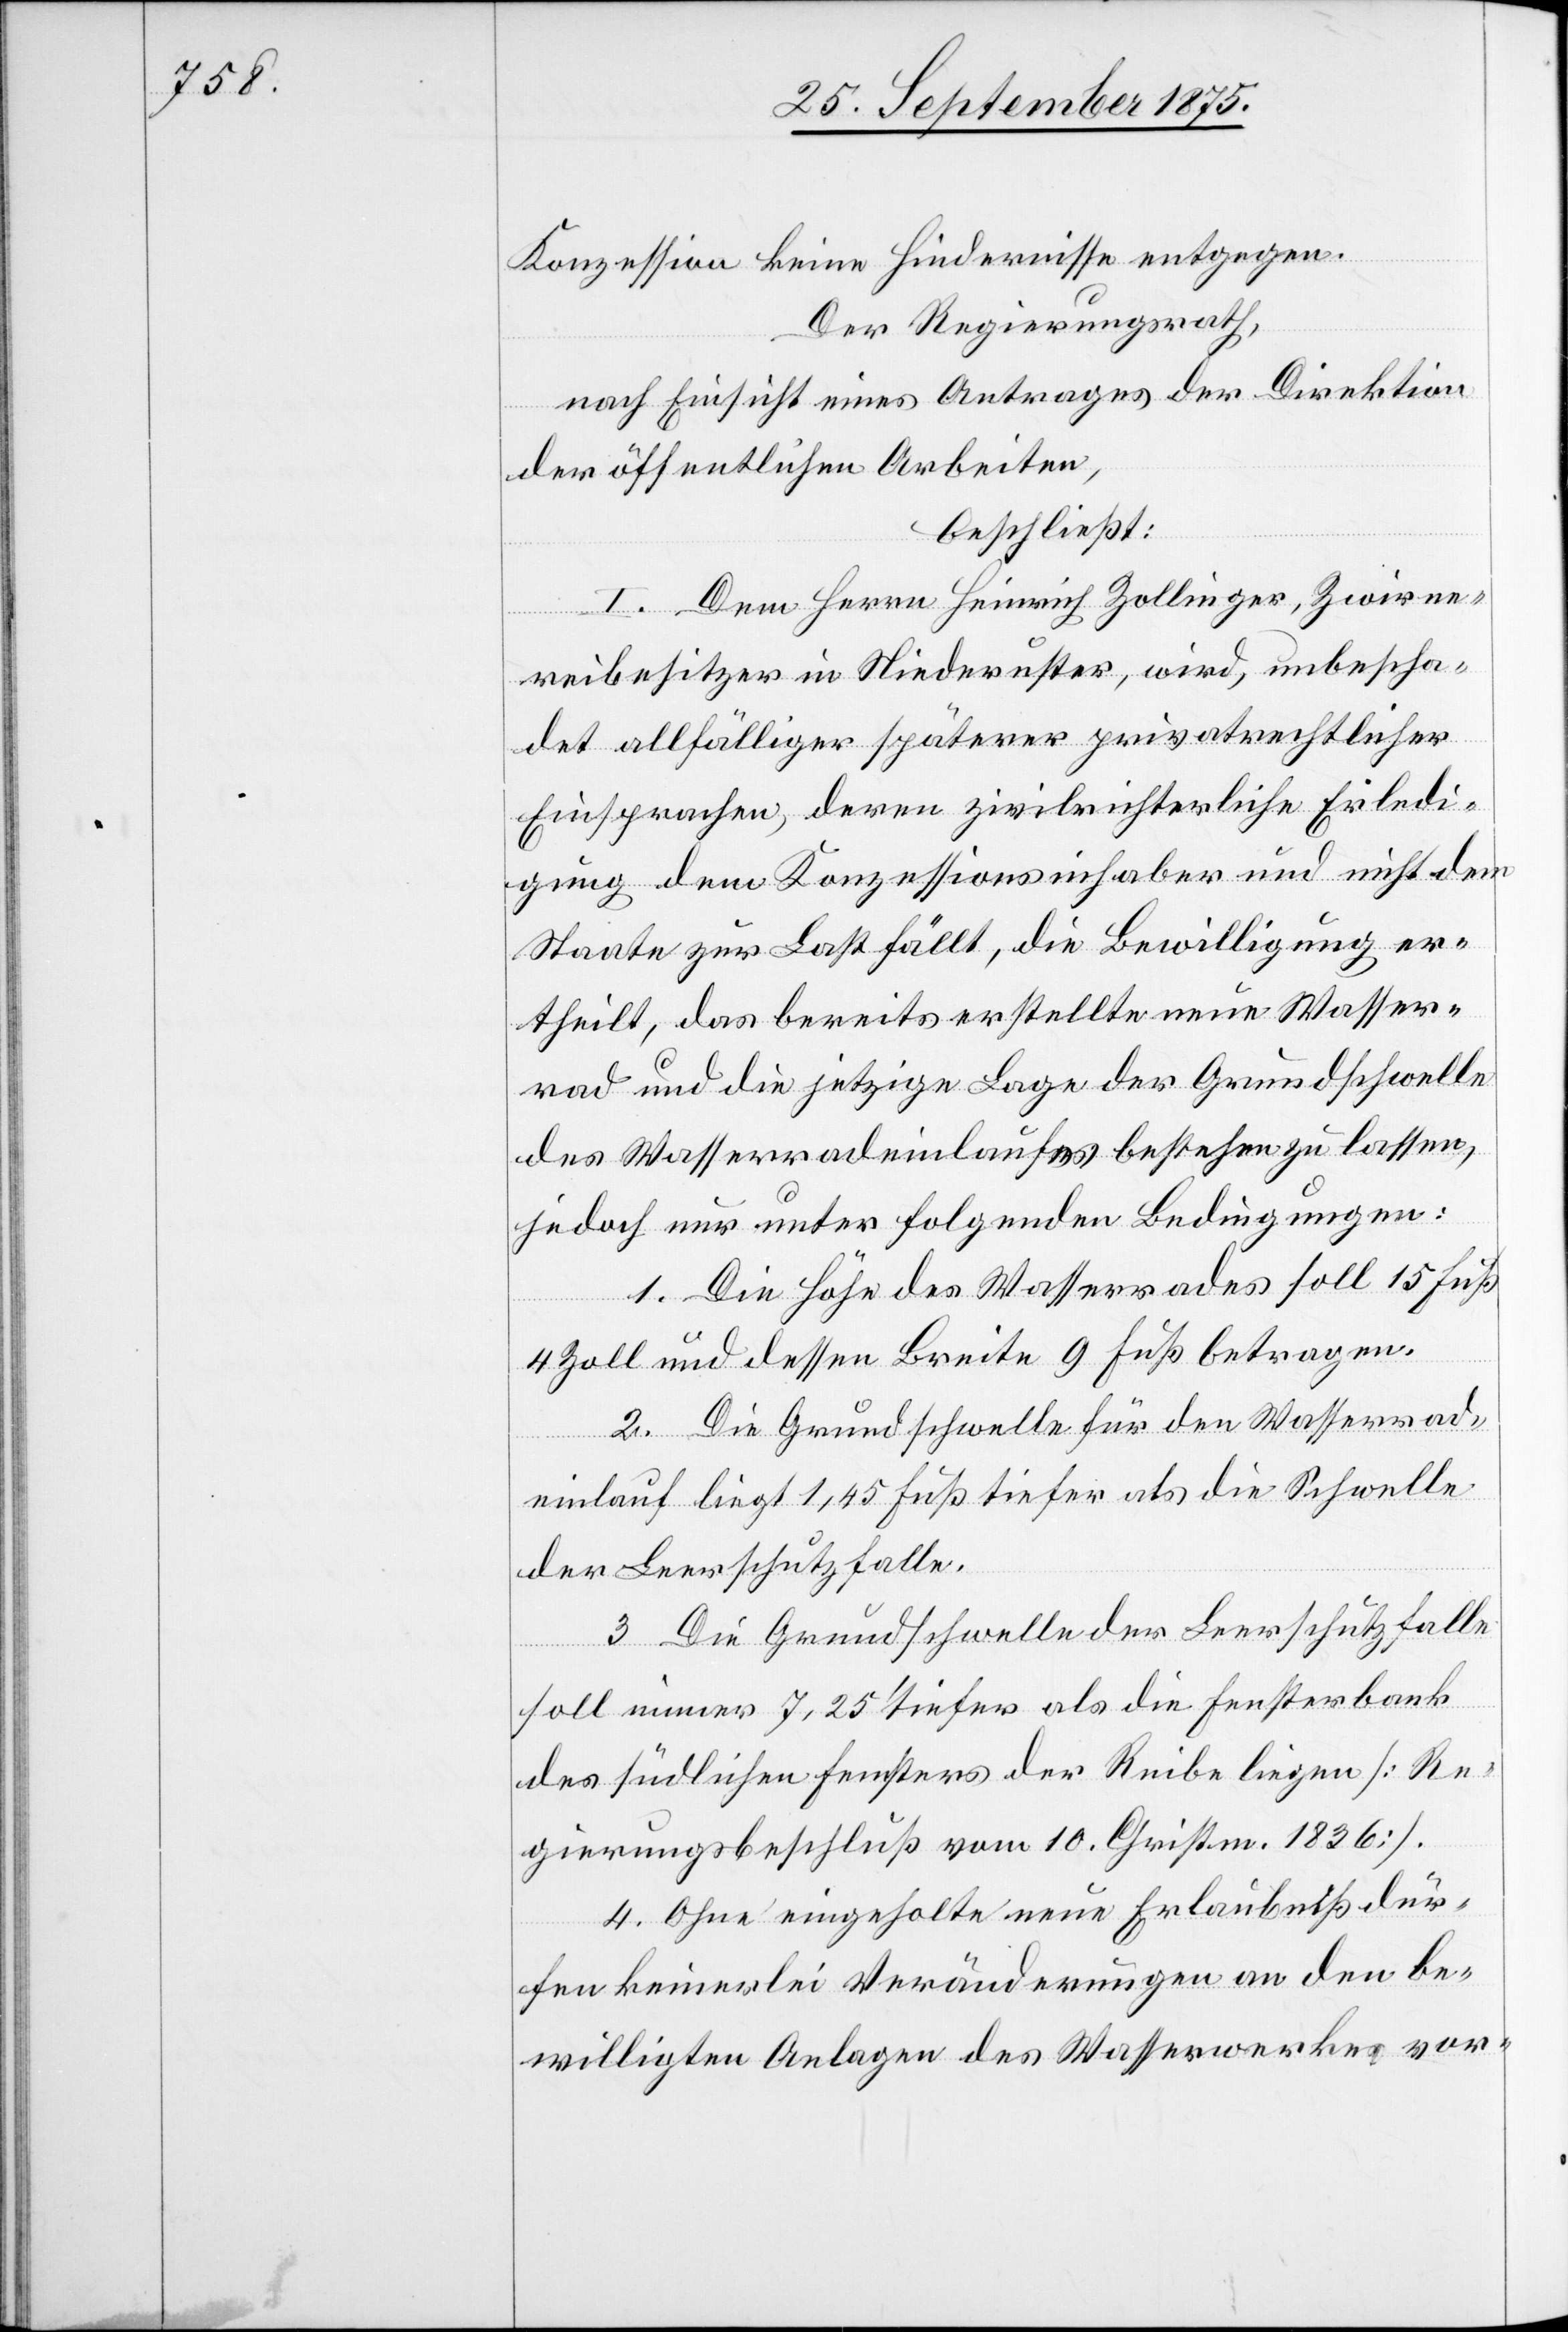
Konzession keine Hindernisse entgegen.
Der Regierungsrath,
nach Einsicht eines Antrages der Direktion
der öffentlichen Arbeiten,
beschließt:
I. Dem Herrn Heinrich Zollinger, Zwirne¬
reibesitzer in Niederuster, wird, unbescha¬
det allfälliger späterer privatrechtlicher
Einsprachen, deren zivilrichterliche Erledi¬
gung dem Konzessionsinhaber und nicht dem
Staate zur Last fällt, die Bewilligung er¬
theilt, das bereits erstellte neue Wasser¬
rad und die jetzige Lage der Grundschwelle
des Wasserradeinlaufes bestehen zu lassen,
jedoch nur unter folgenden Bedingungen:
1. Die Höhe des Wasserrades soll 15 Fuß
4 Zoll und dessen Breite 9 Fuß betragen.
2. Die Grundschwelle für den Wasserrad¬
einlauf liegt 1,45 Fuß tiefer als die Schwelle
der Leerschutzfalle.
3. Die Grundschwelle der Leerschutzfalle
soll immer 7,25‘ tiefer als die Fensterbank
des südlichen Fensters der Reibe liegen [Re¬
gierungsbeschluß vom 10. Christm. 1836].
4. Ohne eingeholte neue Erlaubniß dür¬
fen keinerlei Veränderungen an den be¬
willigten Anlagen des Wasserwerkes vor-